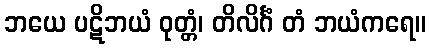
ဘယေ ပဋိဘယံ ဝုတ္တံ၊ တိလိင်္ဂံ တံ ဘယံကရေ။